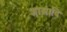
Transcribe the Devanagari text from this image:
शास्त्रादि